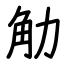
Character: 觔